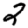
Digit: 2